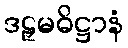
ဒဠှမဓိဋ္ဌာနံ